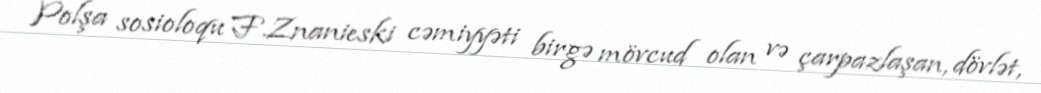
Polşa sosioloqu F.Znanieski cəmiyyəti birgə mövcud olan və çarpazlaşan, dövlət,